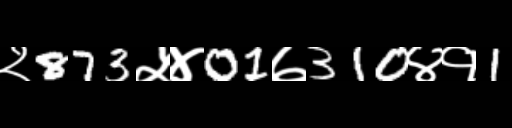
Text: २873५४01७310४१1